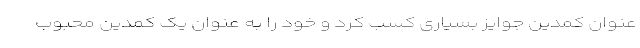
عنوان کمدین جوایز بسیاری کسب کرد و خود را به عنوان یک کمدین محبوب